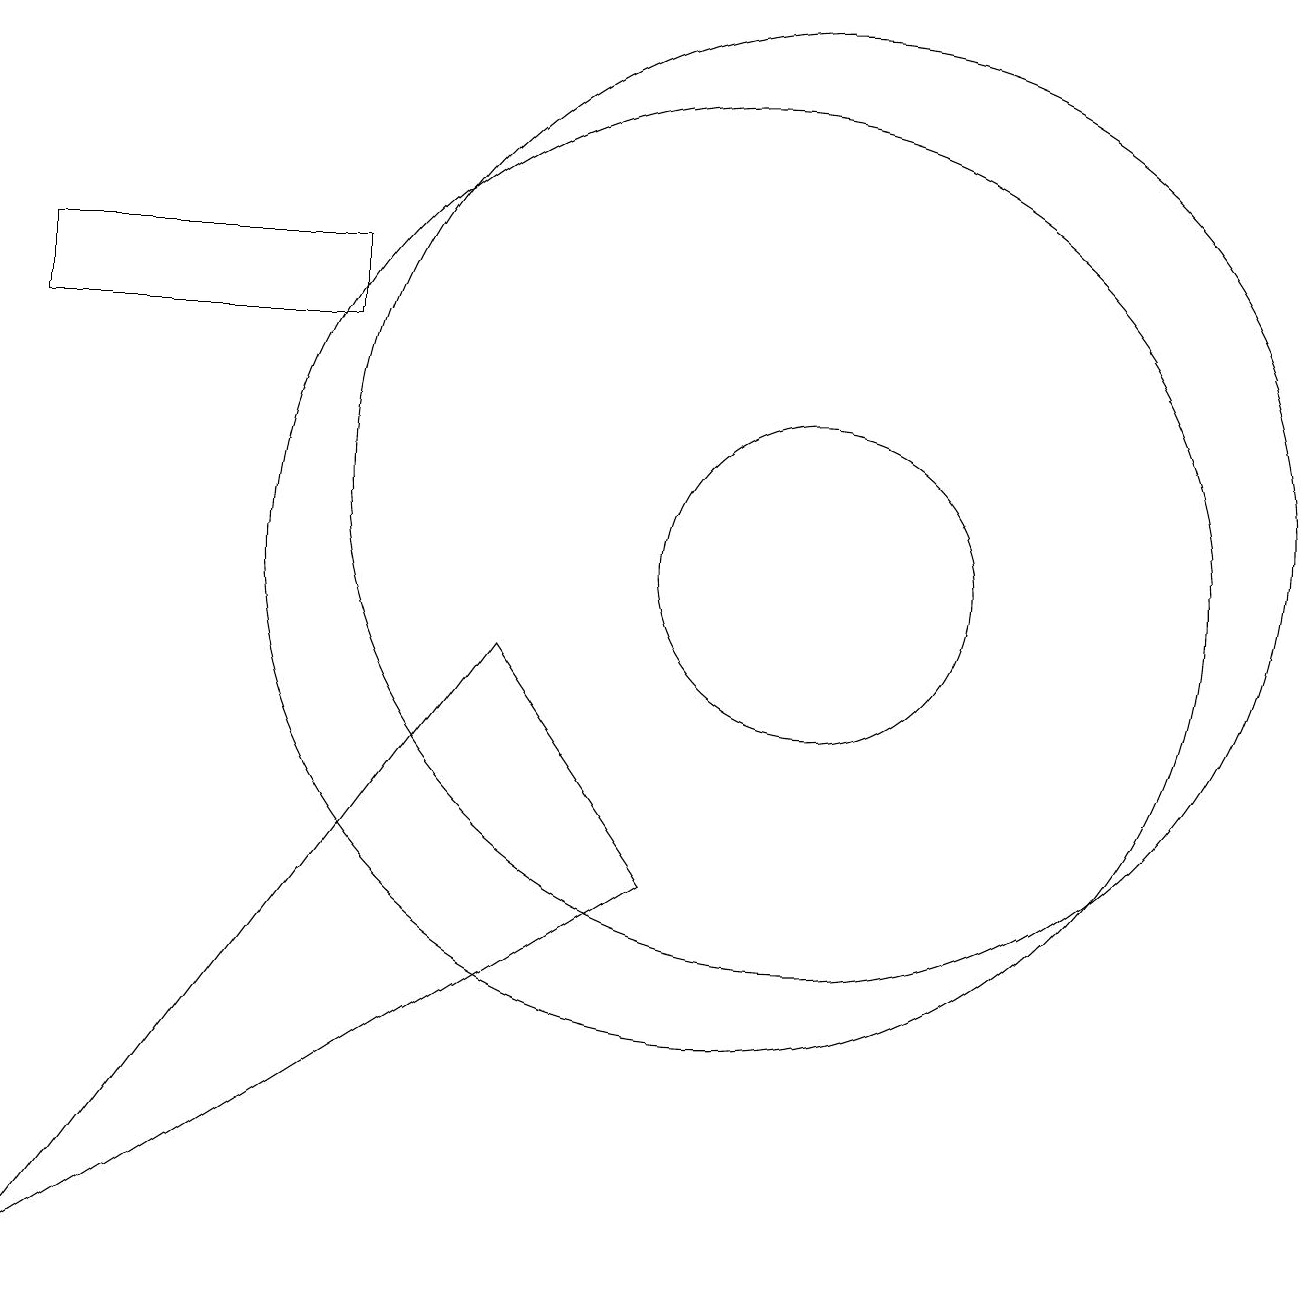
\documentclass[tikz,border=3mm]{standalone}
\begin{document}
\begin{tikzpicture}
\draw (10,10) circle (6);
\draw (1,13) rectangle (5,14);
\draw (7,9) -- (1,1) -- (9,6) -- cycle;
\draw (11,10) circle (2);
\draw (11,11) circle (6);
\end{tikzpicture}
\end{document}